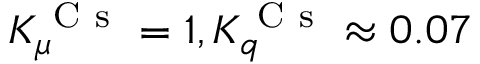
K _ { \mu } ^ { \mathrm { ~ C ~ s ~ } } = 1 , K _ { q } ^ { \mathrm { ~ C ~ s ~ } } \approx 0 . 0 7